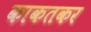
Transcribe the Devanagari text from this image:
काकतकर